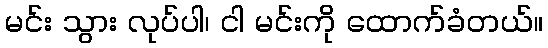
မင်း သွား လုပ်ပါ၊ ငါ မင်းကို ထောက်ခံတယ်။